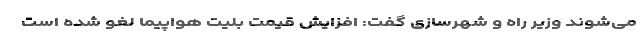
می‌شوند وزیر راه و شهرسازی گفت: افزایش قیمت بلیت هواپیما لغو شده است